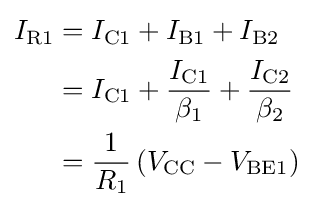
{\begin{aligned}I_{\text{R1}}&=I_{\text{C1}}+I_{\text{B1}}+I_{\text{B2}}\\&=I_{\text{C1}}+{\frac {I_{\text{C1}}}{\beta _{1}}}+{\frac {I_{\text{C2}}}{\beta _{2}}}\\&={\frac {1}{R_{1}}}\left(V_{\text{CC}}-V_{\text{BE1}}\right)\end{aligned}}